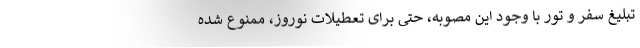
تبلیغ سفر و تور با وجود این مصوبه، حتی برای تعطیلات نوروز، ممنوع شده